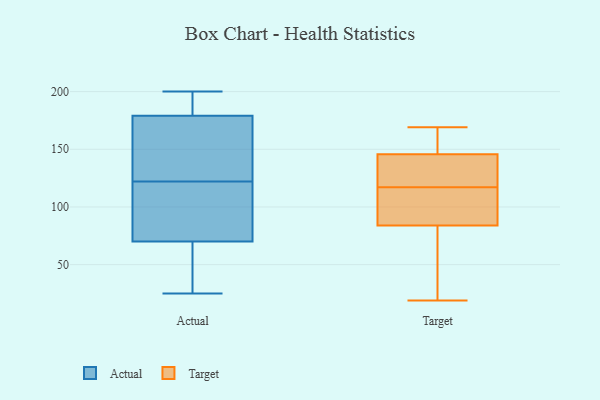
{"axis": {"x": "Conversion Rate (%)", "y": "Value"}, "legend": ["Actual", "Target"], "data": [{"x": "", "y": 135, "type": "Actual"}, {"x": "", "y": 25, "type": "Actual"}, {"x": "", "y": 200, "type": "Actual"}, {"x": "", "y": 192, "type": "Actual"}, {"x": "", "y": 70, "type": "Actual"}, {"x": "", "y": 135, "type": "Actual"}, {"x": "", "y": 109, "type": "Actual"}, {"x": "", "y": 184, "type": "Actual"}, {"x": "", "y": 186, "type": "Actual"}, {"x": "", "y": 176, "type": "Actual"}, {"x": "", "y": 94, "type": "Actual"}, {"x": "", "y": 70, "type": "Actual"}, {"x": "", "y": 99, "type": "Actual"}, {"x": "", "y": 50, "type": "Actual"}, {"x": "", "y": 145, "type": "Actual"}, {"x": "", "y": 182, "type": "Actual"}, {"x": "", "y": 64, "type": "Actual"}, {"x": "", "y": 69, "type": "Actual"}, {"x": "", "y": 155, "type": "Actual"}, {"x": "", "y": 72, "type": "Actual"}, {"x": "", "y": 99, "type": "Target"}, {"x": "", "y": 157, "type": "Target"}, {"x": "", "y": 121, "type": "Target"}, {"x": "", "y": 99, "type": "Target"}, {"x": "", "y": 121, "type": "Target"}, {"x": "", "y": 154, "type": "Target"}, {"x": "", "y": 19, "type": "Target"}, {"x": "", "y": 117, "type": "Target"}, {"x": "", "y": 79, "type": "Target"}, {"x": "", "y": 53, "type": "Target"}, {"x": "", "y": 169, "type": "Target"}]}